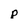
Character: p